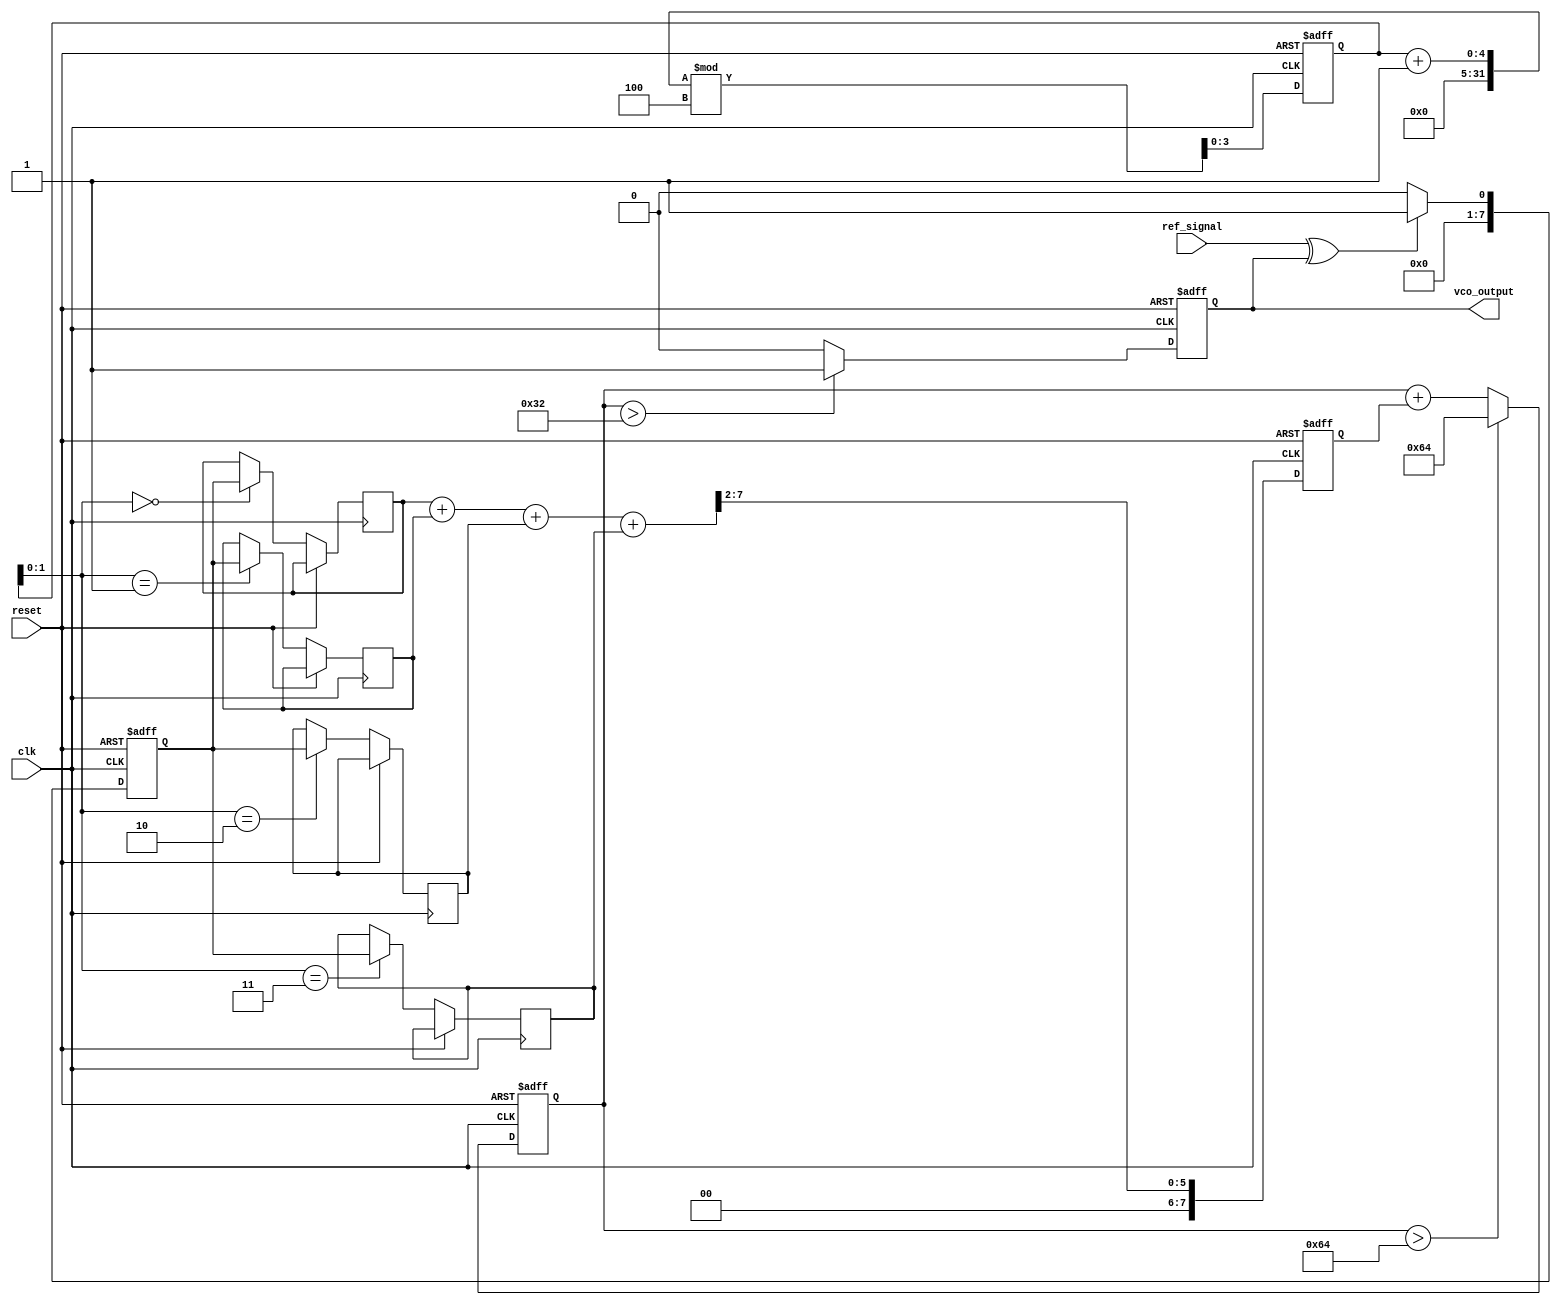
module MemoryBlocksPLL (
    input wire clk,               // System clock
    input wire reset,             // Reset signal
    input wire ref_signal,        // Reference input signal
    output reg vco_output         // VCO output signal
);

    // Parameters
    parameter N = 8;              // Number of bits for phase error
    parameter LPF_TAPS = 4;       // Number of taps for LPF
    parameter VCO_MAX_FREQ = 100; // Max frequency for VCO

    // Internal signals
    reg [N-1:0] phase_error;      // Phase error signal
    reg [N-1:0] lpf_output;        // LPF output
    reg [N-1:0] vco_control;       // Control voltage for VCO
    reg [N-1:0] memory [0:LPF_TAPS-1]; // Memory blocks for LPF
    reg [3:0] memory_index;        // Memory index for LPF

    // Phase Detector (PD)
    always @(posedge clk or posedge reset) begin
        if (reset) begin
            phase_error <= 0;
        end else begin
            // Simple XOR-based phase detector
            phase_error <= (ref_signal ^ vco_output) ? 1 : 0;
        end
    end

    // Low Pass Filter (LPF)
    always @(posedge clk or posedge reset) begin
        if (reset) begin
            lpf_output <= 0;
            memory_index <= 0;
        end else begin
            // Shift memory and update with new phase error
            memory[memory_index] <= phase_error;
            memory_index <= (memory_index + 1) % LPF_TAPS;

            // Simple moving average filter
            lpf_output <= (memory[0] + memory[1] + memory[2] + memory[3]) >> 2; // Average of 4 taps
        end
    end

    // Voltage-Controlled Oscillator (VCO)
    always @(posedge clk or posedge reset) begin
        if (reset) begin
            vco_control <= 0;
            vco_output <= 0;
        end else begin
            // Control voltage adjustment based on LPF output
            vco_control <= vco_control + lpf_output;
            if (vco_control > VCO_MAX_FREQ) begin
                vco_control <= VCO_MAX_FREQ;
            end
            // Generate VCO output based on control voltage
            vco_output <= (vco_control > (VCO_MAX_FREQ >> 1)) ? 1 : 0; // Simple square wave generation
        end
    end

endmodule